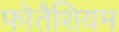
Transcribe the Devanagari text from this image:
फोतैशियम